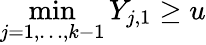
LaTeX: \operatorname*{min}_{j=1,\dots,k-1}Y_{j,1}\geq u